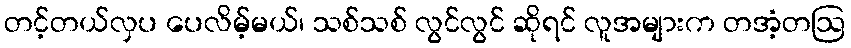
တင့်တယ်လှပ ပေလိမ့်မယ်၊ သစ်သစ် လွင်လွင် ဆိုရင် လူအများက တအံ့တဩ